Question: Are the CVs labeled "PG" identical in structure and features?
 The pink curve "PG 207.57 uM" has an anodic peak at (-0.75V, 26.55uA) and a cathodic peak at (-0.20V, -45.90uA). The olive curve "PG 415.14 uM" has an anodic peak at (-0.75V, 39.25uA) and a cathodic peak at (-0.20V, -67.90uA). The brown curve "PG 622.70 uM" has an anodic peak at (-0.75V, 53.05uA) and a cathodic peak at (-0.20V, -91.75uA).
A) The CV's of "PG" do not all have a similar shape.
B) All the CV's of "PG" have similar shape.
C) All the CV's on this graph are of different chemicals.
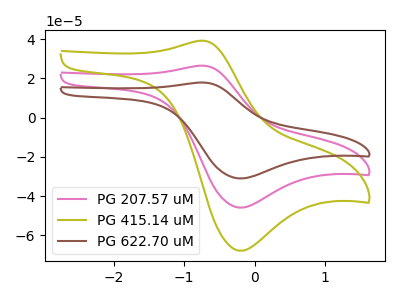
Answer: <think>All the peaks in "PG 207.57 uM" have a peak in "PG 415.14 uM" at the same potential. Every peak in "PG 207.57 uM" is lower than every peak in "PG 415.14 uM". All the peaks in "PG 207.57 uM" have a peak in "PG 622.70 uM" at the same potential. Every peak in "PG 207.57 uM" is lower than every peak in "PG 622.70 uM". All the peaks in "PG 415.14 uM" have a peak in "PG 622.70 uM" at the same potential. Every peak in "PG 415.14 uM" is lower than every peak in "PG 622.70 uM".
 </think>
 <answer>B) All the CV's of "PG" have similar shape.</answer>
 <eval>B</eval>